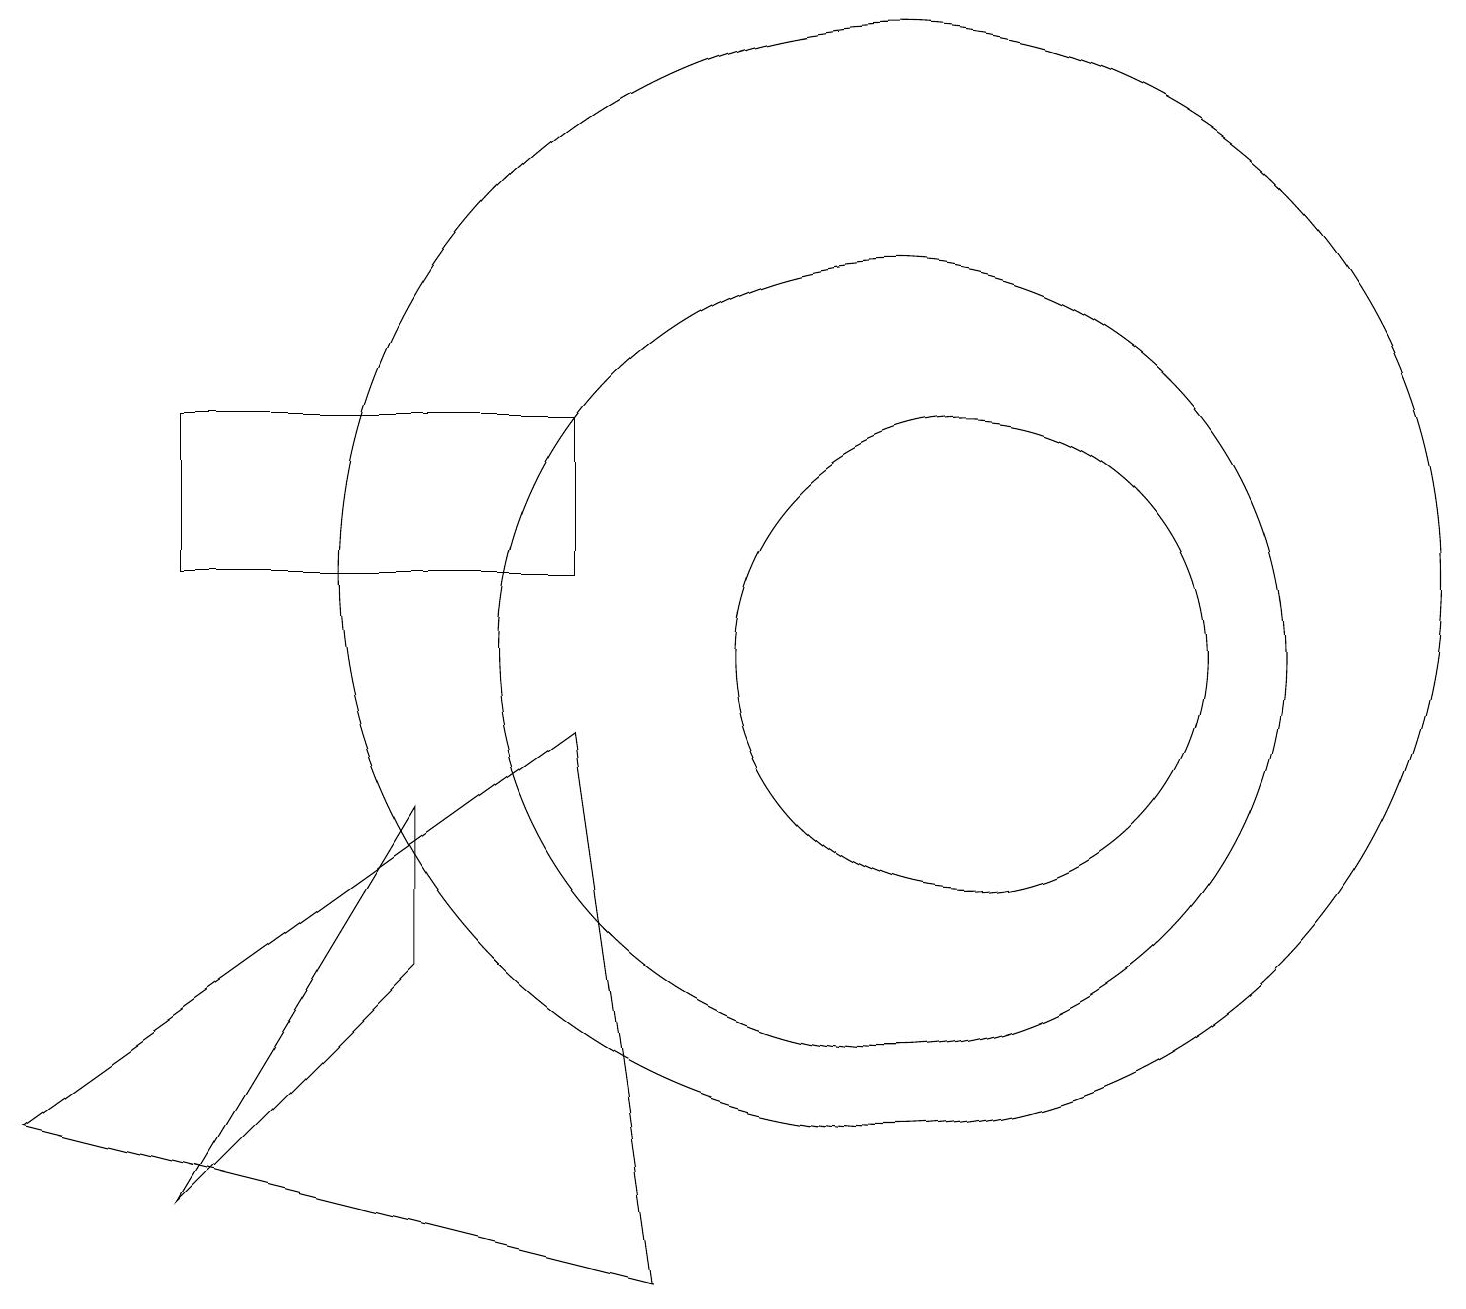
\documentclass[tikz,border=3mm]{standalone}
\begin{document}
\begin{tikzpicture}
\draw (11,11) circle (7);
\draw (5,8) -- (2,3) -- (5,6) -- cycle;
\draw (12,10) circle (3);
\draw (11,10) circle (5);
\draw (2,11) rectangle (7,13);
\draw (7,9) -- (0,4) -- (8,2) -- cycle;
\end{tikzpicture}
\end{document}